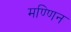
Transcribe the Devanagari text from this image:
मण्णिन